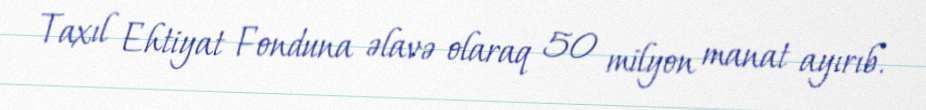
Taxıl Ehtiyat Fonduna əlavə olaraq 50 milyon manat ayırıb.